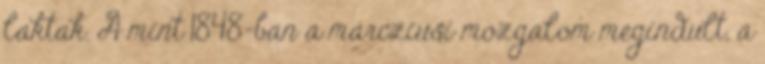
laktak. A mint 1848-ban a márcziusi mozgalom megindult, a